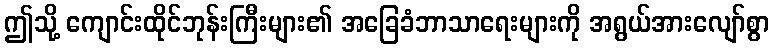
ဤသို့ ကျောင်းထိုင်ဘုန်းကြီးများ၏ အခြေခံဘာသာရေးများကို အရွယ်အားလျော်စွာ